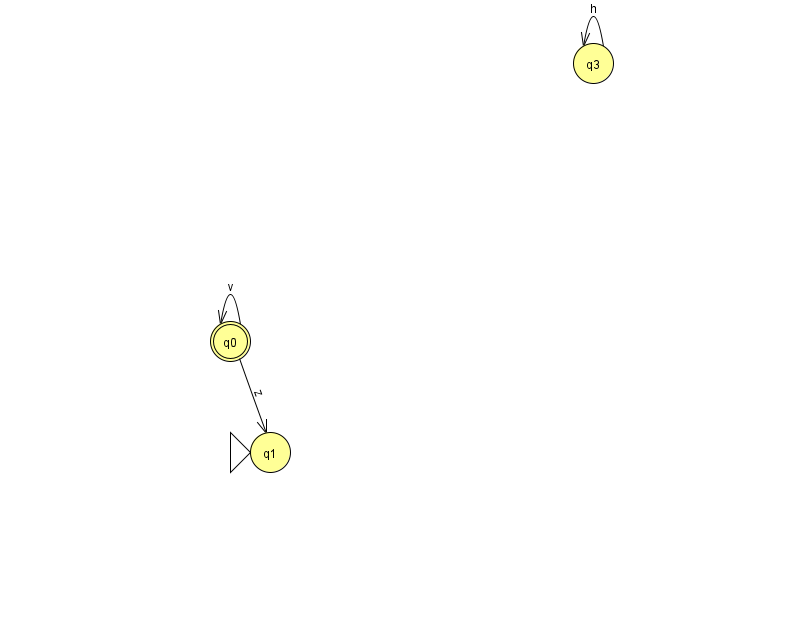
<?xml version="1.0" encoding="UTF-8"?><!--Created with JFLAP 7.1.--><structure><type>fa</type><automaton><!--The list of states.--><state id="0" name="q0"><x>230.0</x><y>328.0</y><final/></state><state id="1" name="q1"><x>270.0</x><y>439.0</y><initial/></state><state id="3" name="q3"><x>593.0</x><y>50.0</y></state><!--The list of transitions.--><transition><from>0</from><to>0</to><read>v</read></transition><transition><from>3</from><to>3</to><read>h</read></transition><transition><from>0</from><to>1</to><read>z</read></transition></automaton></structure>